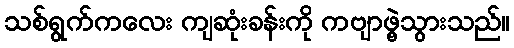
သစ်ရွက်ကလေး ကျဆုံးခန်းကို ကဗျာဖွဲ့သွားသည်။